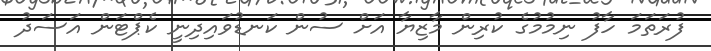
ފުރަތަމަ ހާފު ނިމުމުގެ ކުރިން މާޒިޔާ އަށް ސުން ކަނޑުވައިދިނީ ކެޕްޓަން އަސަދު